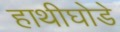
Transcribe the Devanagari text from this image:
हाथीघोडे